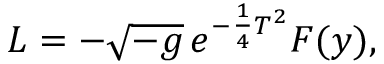
{ \cal L } = - \sqrt { - g } \thinspace e ^ { - \frac { 1 } { 4 } T ^ { 2 } } { \cal F } ( y ) ,